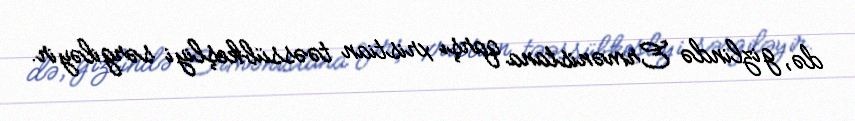
də, gizlində Ermənistana qarşı xristian təəssübkeşliyi sərgiləyir.